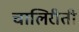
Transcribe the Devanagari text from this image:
चालिरीती